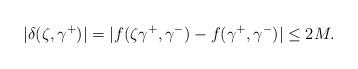
LaTeX: \begin{align*}|\delta(\zeta,\gamma^+)|=|f(\zeta\gamma^+,\gamma^-)-f(\gamma^+,\gamma^-)|\leq 2M.\end{align*}